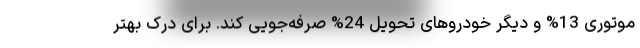
موتوری 13% و دیگر خودروهای تحویل 24% صرفه‌جویی کند. برای درک بهتر